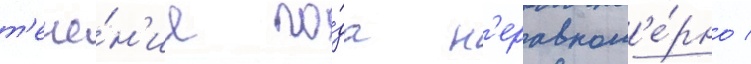
т'ече́н'ие го́да н'еравном'е́рно /